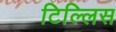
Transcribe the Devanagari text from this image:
टिल्लिस